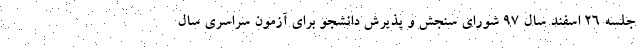
جلسه ۲۶ اسفند سال ۹۷ شورای سنجش و پذیرش دانشجو برای آزمون سراسری سال